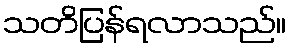
သတိပြန်ရလာသည်။